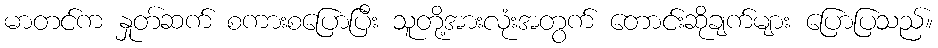
မာတင်က နှုတ်ဆက် စကားစပြောပြီး သူတို့အားလုံးအတွက် တောင်းဆိုချက်များ ပြောပြသည်။